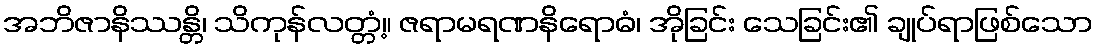
အဘိဇာနိဿန္တိ၊ သိကုန်လတ္တံ့။ ဇရာမရဏနိရောဓံ၊ အိုခြင်း သေခြင်း၏ ချုပ်ရာဖြစ်သော